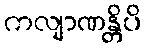
ကလျာဏန္တိပိ